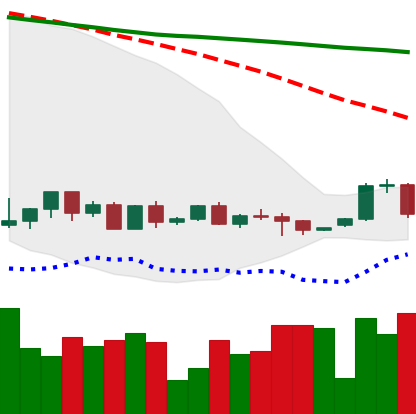
Ticker: BTC-USD
Chart end date: 2022-06-01
Forward return: 5.274%
Label: up_5_7